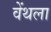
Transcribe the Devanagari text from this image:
वेंथला